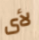
لأى